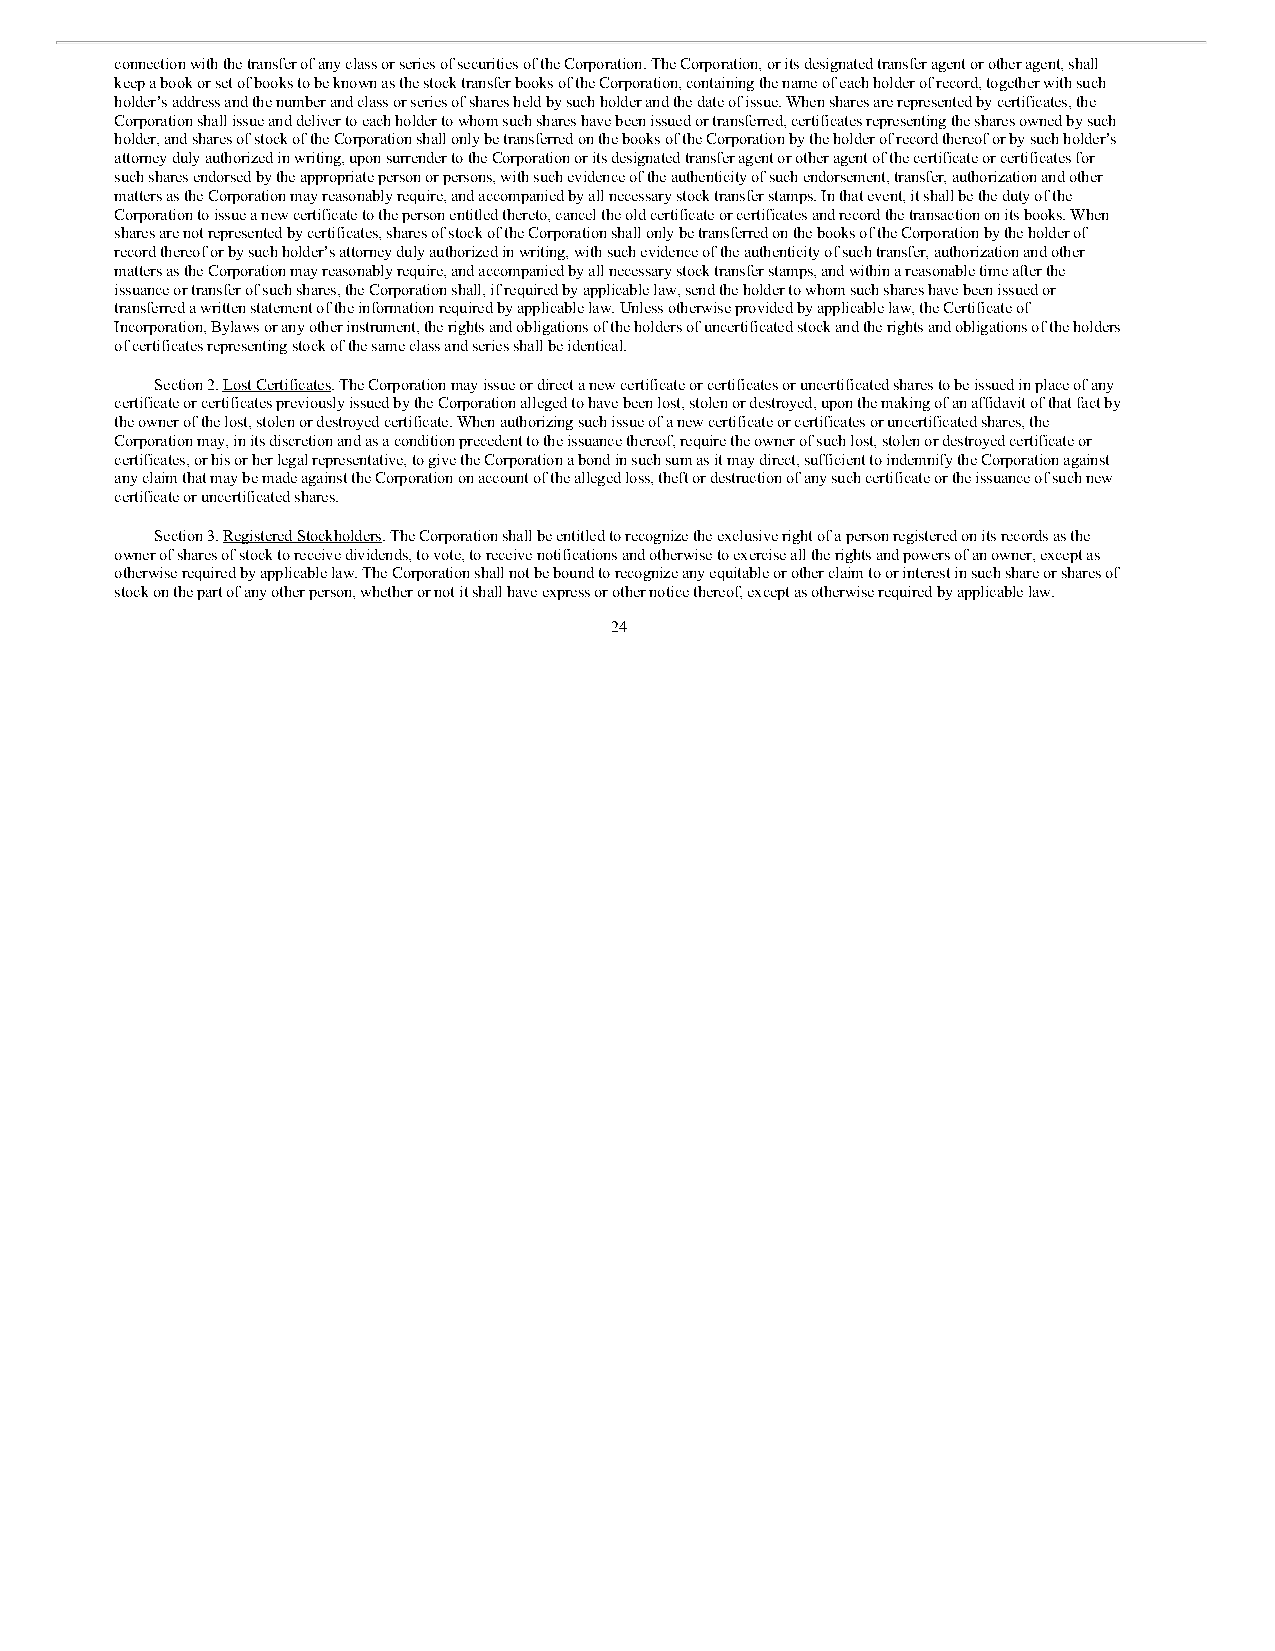
connection with the transfer of any class or series of securities of the Corporation. The Corporation, or its designated transfer agent or other agent, shall
 keep a book or set of books to be known as the stock transfer books of the Corporation, containing the name of each holder of record, together with such
 holder’s address and the number and class or series of shares held by such holder and the date of issue. When shares are represented by certificates, the
 Corporation shall issue and deliver to each holder to whom such shares have been issued or transferred, certificates representing the shares owned by such
 holder, and shares of stock of the Corporation shall only be transferred on the books of the Corporation by the holder of record thereof or by such holder’s
 attorney duly authorized in writing, upon surrender to the Corporation or its designated transfer agent or other agent of the certificate or certificates for
 such shares endorsed by the appropriate person or persons, with such evidence of the authenticity of such endorsement, transfer, authorization and other
 matters as the Corporation may reasonably require, and accompanied by all necessary stock transfer stamps. In that event, it shall be the duty of the
 Corporation to issue a new certificate to the person entitled thereto, cancel the old certificate or certificates and record the transaction on its books. When
 shares are not represented by certificates, shares of stock of the Corporation shall only be transferred on the books of the Corporation by the holder of
 record thereof or by such holder’s attorney duly authorized in writing, with such evidence of the authenticity of such transfer, authorization and other
 matters as the Corporation may reasonably require, and accompanied by all necessary stock transfer stamps, and within a reasonable time after the
 issuance or transfer of such shares, the Corporation shall, if required by applicable law, send the holder to whom such shares have been issued or
 transferred a written statement of the information required by applicable law. Unless otherwise provided by applicable law, the Certificate of
 Incorporation, Bylaws or any other instrument, the rights and obligations of the holders of uncertificated stock and the rights and obligations of the holders
 of certificates representing stock of the same class and series shall be identical.
 Section 2. Lost Certificates. The Corporation may issue or direct a new certificate or certificates or uncertificated shares to be issued in place of any
 certificate or certificates previously issued by the Corporation alleged to have been lost, stolen or destroyed, upon the making of an affidavit of that fact by
 the owner of the lost, stolen or destroyed certificate. When authorizing such issue of a new certificate or certificates or uncertificated shares, the
 Corporation may, in its discretion and as a condition precedent to the issuance thereof, require the owner of such lost, stolen or destroyed certificate or
 certificates, or his or her legal representative, to give the Corporation a bond in such sum as it may direct, sufficient to indemnify the Corporation against
 any claim that may be made against the Corporation on account of the alleged loss, theft or destruction of any such certificate or the issuance of such new
 certificate or uncertificated shares.
 Section 3. Registered Stockholders. The Corporation shall be entitled to recognize the exclusive right of a person registered on its records as the
 owner of shares of stock to receive dividends, to vote, to receive notifications and otherwise to exercise all the rights and powers of an owner, except as
 otherwise required by applicable law. The Corporation shall not be bound to recognize any equitable or other claim to or interest in such share or shares of
 stock on the part of any other person, whether or not it shall have express or other notice thereof, except as otherwise required by applicable law.
 24